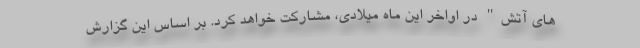
های آتش" در اواخر این ماه میلادی، مشارکت خواهد کرد. بر اساس این گزارش